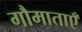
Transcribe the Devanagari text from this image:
गौमाताएँ